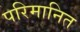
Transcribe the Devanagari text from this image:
परिमानित